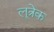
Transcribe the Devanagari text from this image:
लूत्रेक